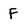
Character: f